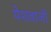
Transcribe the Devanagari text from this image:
पेशवाजी